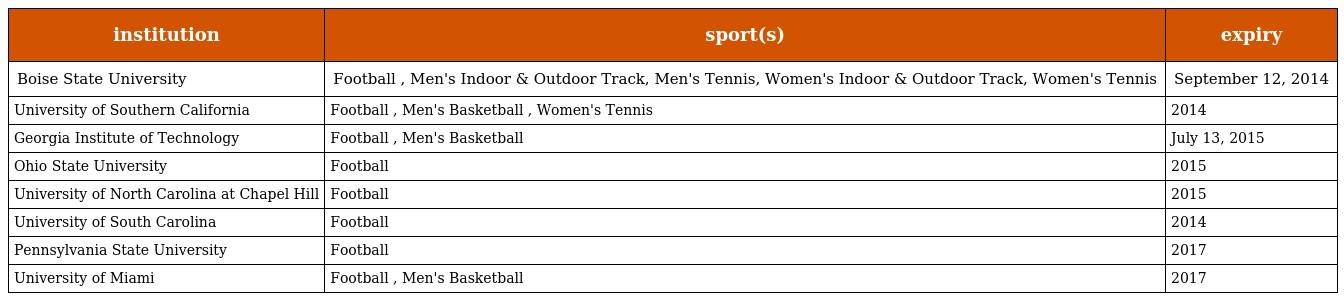
| institution | sport(s) | expiry |
 | --- | --- | --- |
 | Boise State University | Football , Men's Indoor & Outdoor Track, Men's Tennis, Women's Indoor & Outdoor Track, Women's Tennis | September 12, 2014 |
 | University of Southern California | Football , Men's Basketball , Women's Tennis | 2014 |
 | Georgia Institute of Technology | Football , Men's Basketball | July 13, 2015 |
 | Ohio State University | Football | 2015 |
 | University of North Carolina at Chapel Hill | Football | 2015 |
 | University of South Carolina | Football | 2014 |
 | Pennsylvania State University | Football | 2017 |
 | University of Miami | Football , Men's Basketball | 2017 |